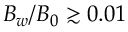
B _ { w } / B _ { 0 } \gtrsim 0 . 0 1